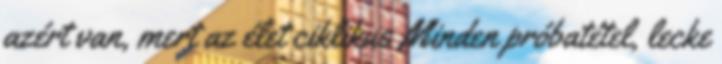
azért van, mert az élet ciklikus Minden próbatétel, lecke